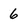
Character: 6